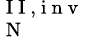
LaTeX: _{\mathrm{~N~}}^{\mathrm{~I~I~,~i~n~v~}}